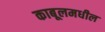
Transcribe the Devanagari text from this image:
काबूलमधील